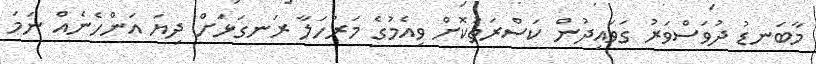
މާބަނޑު ދުވަސްވަރު ގަވައިދުން ކަސްރަތުކޮށް ވިއެމުގެ މަރުހަލާ ރަނގަޅަށް ދިޔަ އަންހެނެއް ނަމަ